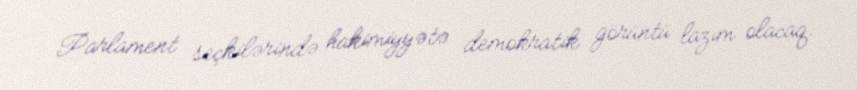
Parlament seçkilərində hakimiyyətə demokratik görüntü lazım olacaq.